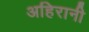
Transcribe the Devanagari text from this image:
अहिरानी